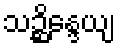
သဉ္ဆိန္ဒေယျ